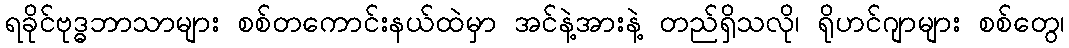
ရခိုင်ဗုဒ္ဓဘာသာများ စစ်တကောင်းနယ်ထဲမှာ အင်နဲ့အားနဲ့ တည်ရှိသလို၊ ရိုဟင်ဂျာများ စစ်တွေ၊